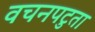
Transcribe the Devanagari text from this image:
वचनपटुता